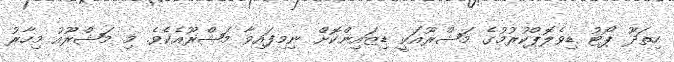
ހިތަދޫ ޕޯޓު ޑިވެލޮޕްކުރުމުގެ މަޝްރޫއަކީ ޑިޒައިންކޮށް ނިމިފައިވާ މަޝްރޫއެކެވެ. މި މަޝްރޫއު މިހާރު